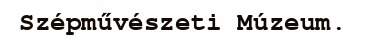
Szépművészeti Múzeum.